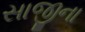
સાજીના